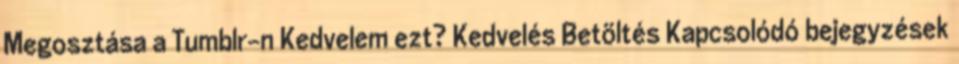
Megosztása a Tumblr-n Kedvelem ezt? Kedvelés Betöltés Kapcsolódó bejegyzések